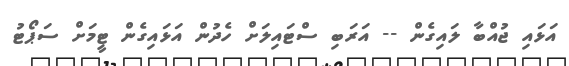
އަޅައި ޖުއްބާ ލައިގެން -- އަރަބި ސްޓައިލަށް ހެދުން އަޅައިގެން ޓީމަށް ސަޕޯޓު